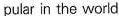
pular in the world